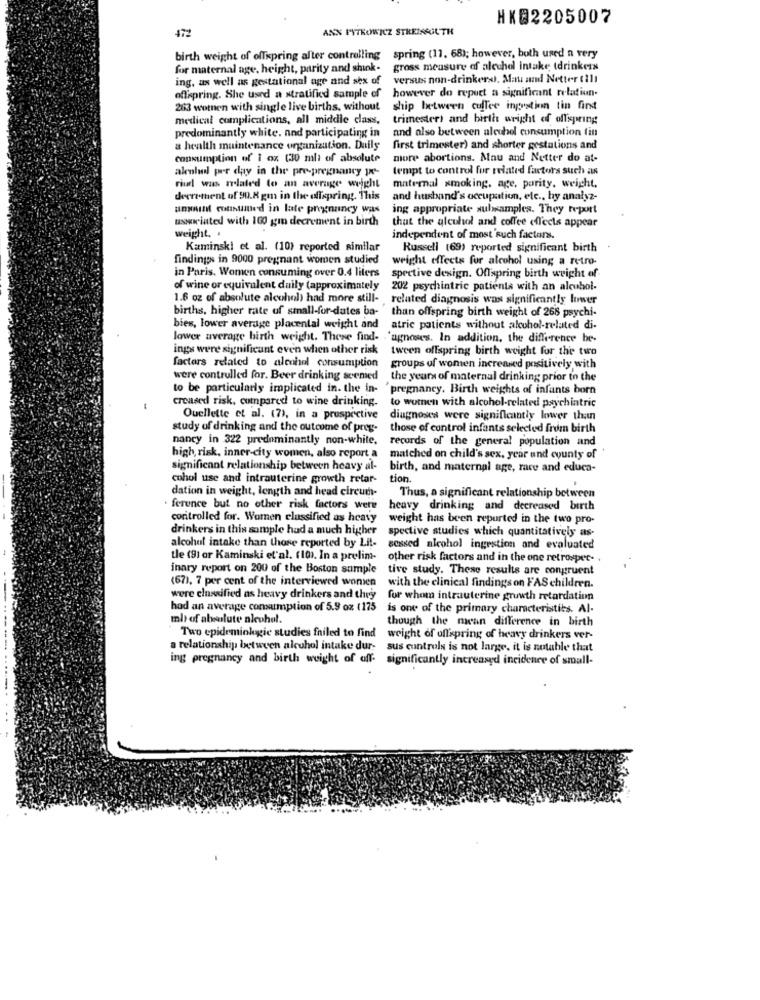
HK82205007
472
ANN PYTKOWICZ STREISSOUTH
birth weight of offspring after controlling spring (11. 68); however, both used a very
for maternal age, height, parity and shink-
gross measure of alcohol intake tdrinkers
ing, as well as gestational age and sex of
versus non-drinkers. Mau and Netter (1)
offspring. She used a stratified sample of
however do repect a significant relatiun.
263 women with single live births, without
ship between coffee ingestion tin fint
medical complications, all middle class,
trimester) and birth weight of offspring
predominantly white. nad participating in
and also between alcohol consumption fin
a health maintenance organization. Daily
first trimester) and shorter gestations and
consumption of 1 oz (30 ml) of absolute
more abortions. Mau and Netter do at-
alenhel per day in the pre-pregnancy pe-
tempt to control for related factors such as
riud was related to an average weight
maternal smoking, age, pority. weight,
deere thent of 90.8 gm in the offspring. This
and husband's occupation, etc ., hy analyz-
amint counted in late pregnancy was
ing appropriate sulwamples. They report
associated with 100 gin decrement in birth
that the alcohol and coffee effects appear
weight. .
independent of most'such factors.
Kaminski et al. (10) reported similar
Russell (69) reported significant birth
findings in 9000 pregnant women studied
weight effects for alcohol using a retro-
in Paris. Women consuming over 0.4 liters
spective design. Offspring birth weight of-
of wine or equivalent daily (approximately
202 psychiatric patients with an alcohol-
1.6 oz of absolute alcohol) had more still-
related diagnosis was significantly lower
births, higher rate of small-for-dates ba-
than offspring birth weight of 268 psychi-
bies, lower average placental weight and
atric patients without alcohol-related di-
lower average birth weight. These find- 'agnoses. In addition, the difference be-
ings were significant even when other risk tween offspring birth weight for the two
factors related to alcohol consumption
groups of women increased positively with
were controlled for. Beer drinking seemed
the years of maternal drinking prior in the
to be particularly implicated in. the in-
pregnancy. Birth weights of infants born
creased risk, compared to wine drinking.
to women with alcohol-related psychiatric
Ouellette et al. (7), in a prospective
diagnoses were significantly lower than
study of drinking and the outcome of prey-
those of control infants selected from birth
nancy in 322 predominantly non-white.
records of the general population and
. .
high risk, inner-city women, also report a
matched on child's sex, year und county of
significant relationship between heavy al-
birth, and maternal age, race and educa-
cohol use and intrauterine growth retar-
tion.
dation in weight, length and head circum-
Thus, a significant relationship between
. ference but no other risk factors were heavy drinking and decreased birth
coritrolled for. Wornen classified as heavy weight has been reported in the two pro-
drinkers in this sample had a much higher
spective studies which quantitatively as-
alcohol intake than those reported by Lit-
sessed alcohol ingestion and evaluated
tle (9) or Kaminski et al. (10). In a prelim-
other risk factors and in the one retrospec- .
inary report on 200 of the Boston sample
tive study. These results are congruent
(67), 7 per cent of the interviewed women
with the clinical findings on FAS children.
were classified as heavy drinkers and they
for whom intrauterine growth retardation
had an average consumption of 5.9 oz (175
is one of the primary characteristics. Al-
mb of absolute niewhol.
though the mean difference in birth
Two epidemiolgie studies failed to find
weight of offspring of heavy drinkers ver-
a relationship between alcohol intake dur-
sus controls is not large. it is notable that
ing pregnancy and birth weight of off-
significantly increased incidence of small-